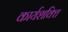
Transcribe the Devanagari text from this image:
कार्यशक्‍ति